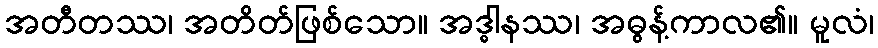
အတီတဿ၊ အတိတ်ဖြစ်သော။ အဒ္ဓါနဿ၊ အဓွန့်ကာလ၏။ မူလံ၊